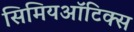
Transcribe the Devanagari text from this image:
सिमियऑटिक्स